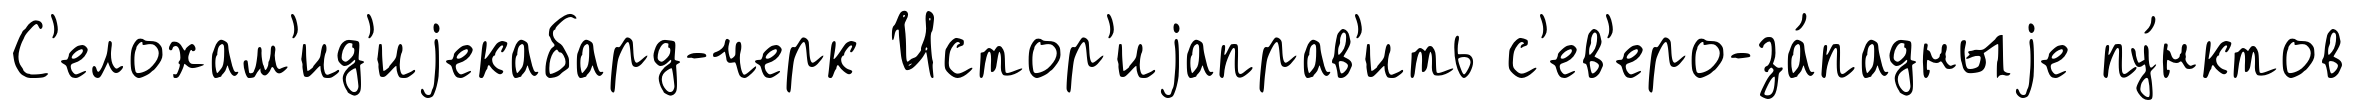
С'елохам'ид'иjекабард-черк Истор'иjаправ'ить с'ев'еро-за́падныjе пу́нктов